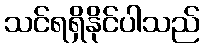
သင်ရရှိနိုင်ပါသည်